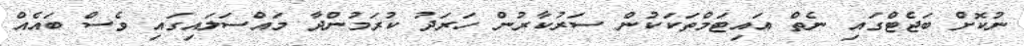
ނުކޮށް ބަޖެޓްގައި ނެތް އައިޓަމްތަކަކުން ސަރުކާރުން ހަރަދު ކުރަމުންދާ މައްސަލައިގައި ވެސް ބައެއް